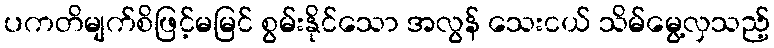
ပကတိမျက်စိဖြင့်မမြင် စွမ်းနိုင်သော အလွန် သေးငယ် သိမ်မွေ့လှသည့်